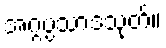
အဂ္ဂပ္ပသာဒသုတ်။